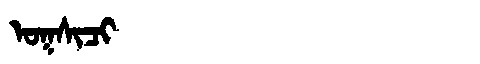
Manchu: ᠣᡴᠰᡳᠴᡳ
Romanization: OKSICI